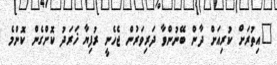
"އިތުރަށް ކުރިއަށް ދާން ބޭނުންވާ ދަރިވަރުން ޖެހެނީ ރުފިޔާ ޚަރަދު ކޮށްގެން ކޮންމެ